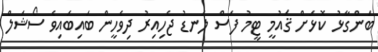
ބަންގާޅު ކޮޅަށް ޤައުމީ ޓީމު ފަސް ލަނޑު ޖެހިއިރު ދިވެހީން ބައިބައިވެ ސޯޝަލް